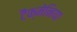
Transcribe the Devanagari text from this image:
टैक्मेनिया